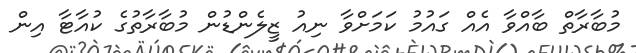
މުބާރާތް ބާއްވާ އެއް ގައުމު ކަމަށްވާ ނިއު ޒީލެންޑުން މުބާރާތުގެ ކުއާޓާ އިން